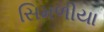
સિમળીયા